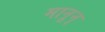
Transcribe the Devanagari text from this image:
मानून्